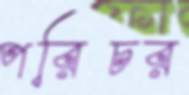
পরিচর